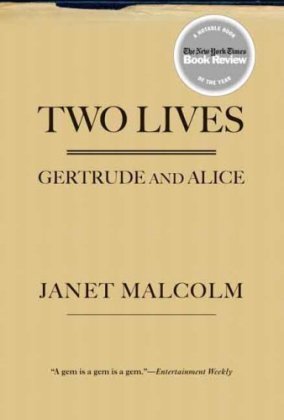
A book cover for Two Lives: Gertrude and Alice; Janet Malcolm; Gay & Lesbian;